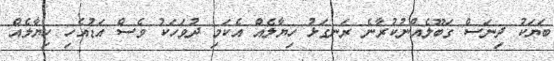
ބަޔަކު ދިނަސް ގަބޫލެއްނުކުރާނެ ރަނގަޅު ހިޔާލެއް އެކަމި ދުވަހަކު ވެސް އަޑުއެހި ހިޔާލެއް